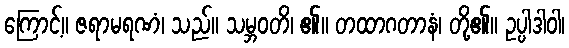
ကြောင့်။ ဇရာမရဏံ၊ သည်။ သမ္ဘဝတိ၊ ၏။ တထာဂတာနံ၊ တို့၏။ ဥပ္ပါဒါဝါ၊